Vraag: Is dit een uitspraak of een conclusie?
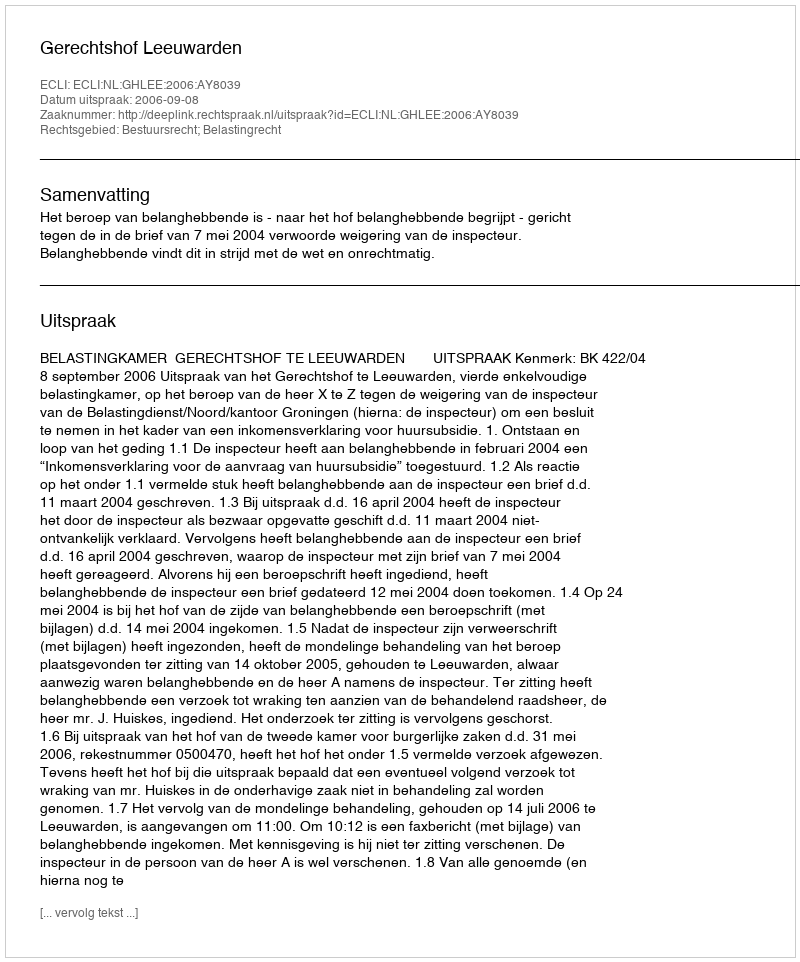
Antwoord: Uitspraak